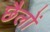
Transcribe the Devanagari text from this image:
छैलों